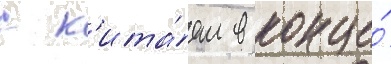
с к'ита́ем в конце́